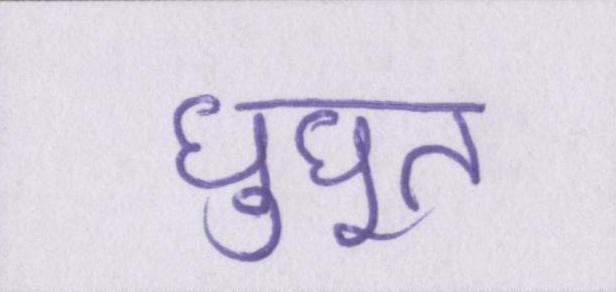
घुघूत